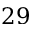
2 9